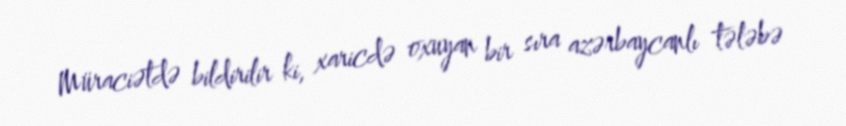
Müraciətdə bildirilir ki, xaricdə oxuyan bir sıra azərbaycanlı tələbə